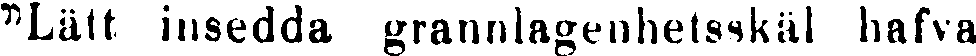
"Lätt insedda grannlagenhetsskäl hafva